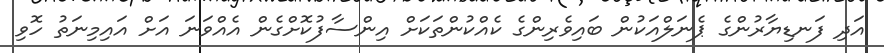
އަދި ފަނޑިޔާރުންގެ ޕެނަލްއަކުން ބައިވެރިންގެ ކެއްކުންތަކަށް އިންސާފުކޮށްގެން އެއްވަނަ އަށް އައިމިނަތު ހޮވި